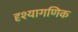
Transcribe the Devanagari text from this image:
दृश्यागणिक